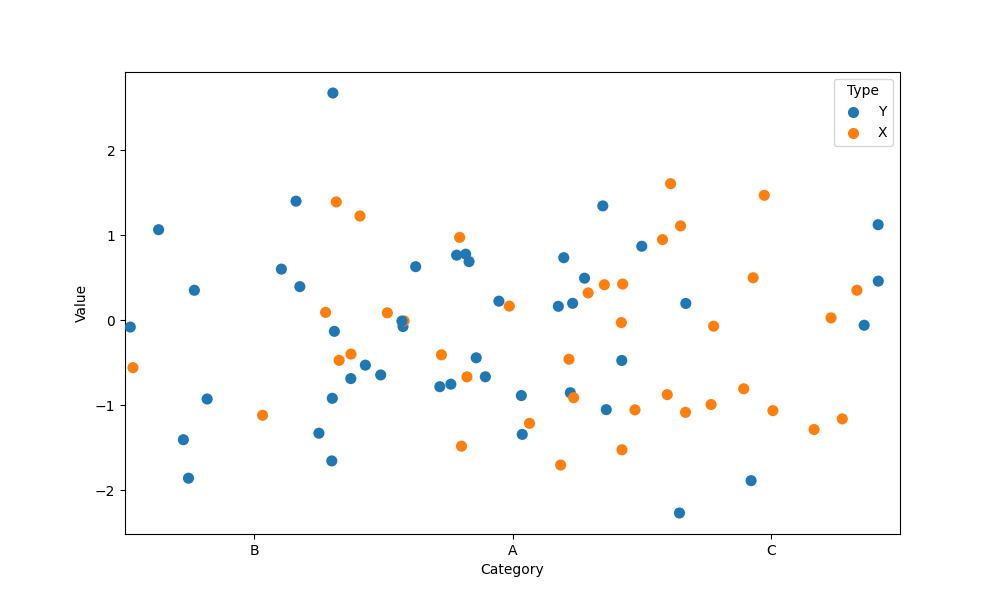
python, seaborn, stripplot, jitter=True, dodge=False, alpha=1.0, size=8